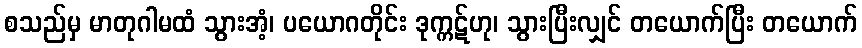
စသည်မှ မာတုဂါမထံ သွားအံ့၊ ပယောဂတိုင်း ဒုက္ကဋ်ဟု၊ သွားပြီးလျှင် တယောက်ပြီး တယောက်